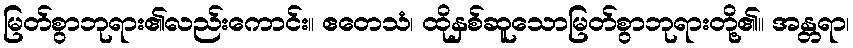
မြတ်စွာဘုရား၏လည်းကောင်း။ ဧတေသံ၊ ထိုနှစ်ဆူသောမြတ်စွာဘုရားတို့၏။ အန္တရာ၊